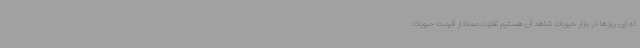
که این روزها در بازار حبوبات شاهد آن هستیم تفاوت معنادار قیمت حبوبات